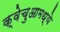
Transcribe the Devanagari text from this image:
क्वेचुआमध्ये